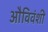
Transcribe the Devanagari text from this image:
औविवंशी